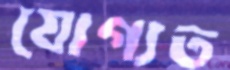
যোগ্যত